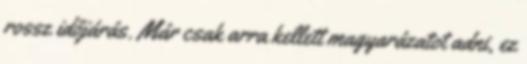
rossz időjárás. Már csak arra kellett magyarázatot adni, ez